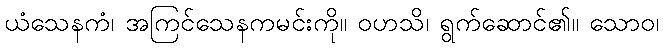
ယံသေနကံ၊ အကြင်သေနကမင်းကို။ ဝဟသိ၊ ရွက်ဆောင်၏။ သောဝ၊